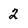
Character: 2